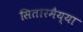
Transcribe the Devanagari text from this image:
सितारमैय्या